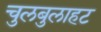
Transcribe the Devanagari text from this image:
चुलबुलाहट